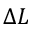
\Delta L